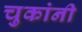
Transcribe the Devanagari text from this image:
चुकांनी